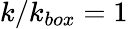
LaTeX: k/k_{box}=1